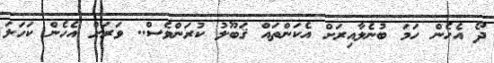
ދޯ އެހެން ހަމަ ބުނެލާއިރަށް އެކަންތައް ޤަބޫލު ކުރަންވެސް.. ވަރަށް އެހެން ކަހަލަ